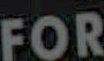
FOR